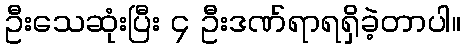
ဦးသေဆုံးပြီး ၄ ဦးဒဏ်ရာရရှိခဲ့တာပါ။